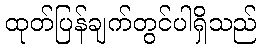
ထုတ်ပြန်ချက်တွင်ပါရှိသည်